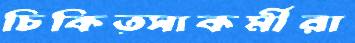
চিকিত্সাকর্মীরা